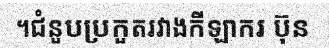
។ជំនួបប្រកួតរវាងកីឡាករ ប៊ុន